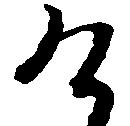
け